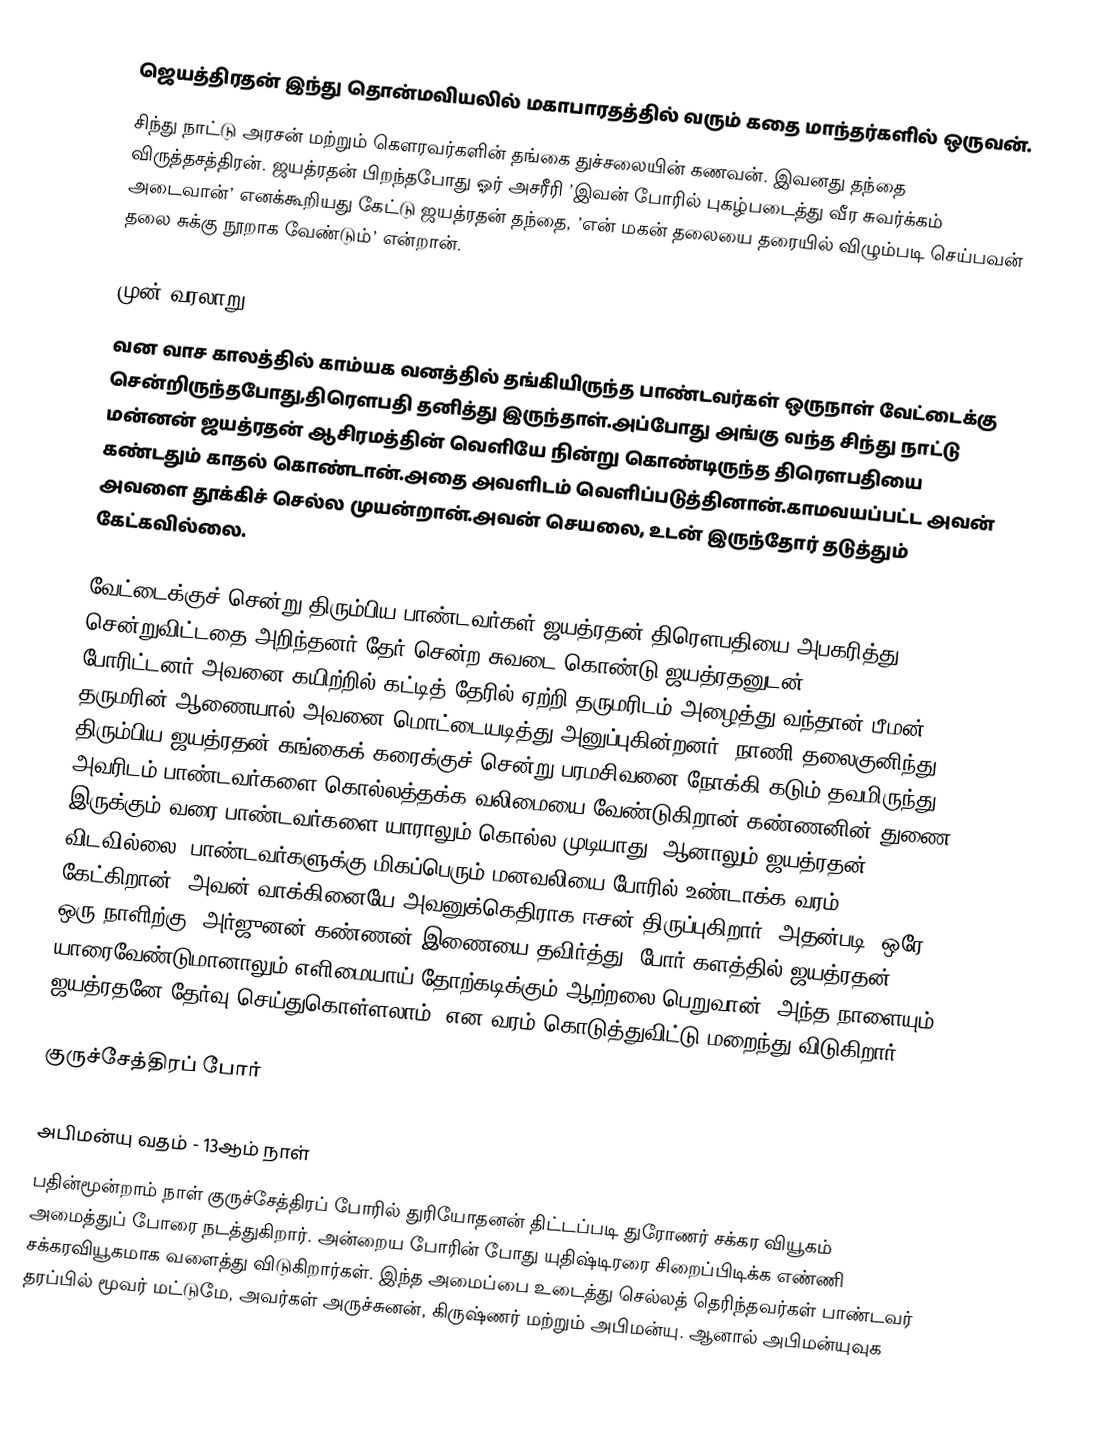
ஜெயத்திரதன் இந்து தொன்மவியலில் மகாபாரதத்தில் வரும்  கதை மாந்தர்களில் ஒருவன்.
சிந்து நாட்டு அரசன் மற்றும் கௌரவர்களின் தங்கை துச்சலையின் கணவன். இவனது தந்தை விருத்தசத்திரன். ஜயத்ரதன் பிறந்தபோது ஓர் அசரீரி ’இவன் போரில் புகழ்படைத்து வீர சுவர்க்கம் அடைவான்’ எனக்கூறியது கேட்டு ஜயத்ரதன் தந்தை, ’என் மகன் தலையை தரையில் விழும்படி செய்பவன் தலை சுக்கு நூறாக வேண்டும்’ என்றான்.

முன் வரலாறு
வன வாச காலத்தில் காம்யக வனத்தில் தங்கியிருந்த பாண்டவர்கள் ஒருநாள் வேட்டைக்கு சென்றிருந்தபோது,திரௌபதி தனித்து இருந்தாள்.அப்போது அங்கு வந்த சிந்து நாட்டு மன்னன் ஜயத்ரதன் ஆசிரமத்தின் வெளியே நின்று கொண்டிருந்த திரௌபதியை கண்டதும் காதல் கொண்டான்.அதை அவளிடம் வெளிப்படுத்தினான்.காமவயப்பட்ட அவன் அவளை தூக்கிச் செல்ல முயன்றான்.அவன் செயலை, உடன் இருந்தோர் தடுத்தும் கேட்கவில்லை.

வேட்டைக்குச் சென்று திரும்பிய பாண்டவர்கள் ஜயத்ரதன் திரௌபதியை அபகரித்து சென்றுவிட்டதை அறிந்தனர்.தேர் சென்ற சுவடை கொண்டு ஜயத்ரதனுடன் போரிட்டனர்.அவனை கயிற்றில் கட்டித் தேரில் ஏற்றி தருமரிடம் அழைத்து வந்தான் பீமன். தருமரின் ஆணையால் அவனை மொட்டையடித்து அனுப்புகின்றனர். நாணி தலைகுனிந்து திரும்பிய ஜயத்ரதன்,கங்கைக் கரைக்குச் சென்று பரமசிவனை நோக்கி கடும் தவமிருந்து அவரிடம் பாண்டவர்களை கொல்லத்தக்க வலிமையை வேண்டுகிறான்.கண்ணனின் துணை இருக்கும் வரை,பாண்டவர்களை யாராலும் கொல்ல முடியாது. ஆனாலும் ஜயத்ரதன் விடவில்லை. பாண்டவர்களுக்கு மிகப்பெரும் மனவலியை போரில் உண்டாக்க வரம் கேட்கிறான். அவன் வாக்கினையே அவனுக்கெதிராக ஈசன் திருப்புகிறார். அதன்படி,"ஒரே ஒரு நாளிற்கு, அர்ஜுனன்-கண்ணன் இணையை தவிர்த்து, போர் களத்தில் ஜயத்ரதன்  யாரைவேண்டுமானாலும் எளிமையாய் தோற்கடிக்கும் ஆற்றலை பெறுவான். அந்த நாளையும் ஜயத்ரதனே தேர்வு செய்துகொள்ளலாம்" என வரம் கொடுத்துவிட்டு மறைந்து விடுகிறார்.

குருச்சேத்திரப் போர்

அபிமன்யு வதம் - 13ஆம் நாள்
பதின்மூன்றாம் நாள் குருச்சேத்திரப் போரில் துரியோதனன் திட்டப்படி துரோணர் சக்கர வியூகம் அமைத்துப் போரை நடத்துகிறார். அன்றைய போரின் போது யுதிஷ்டிரரை சிறைப்பிடிக்க எண்ணி சக்கரவியூகமாக வளைத்து விடுகிறார்கள். இந்த அமைப்பை உடைத்து செல்லத் தெரிந்தவர்கள் பாண்டவர் தரப்பில் மூவர் மட்டுமே, அவர்கள் அருச்சுனன், கிருஷ்ணர் மற்றும் அபிமன்யு. ஆனால் அபிமன்யுவுக